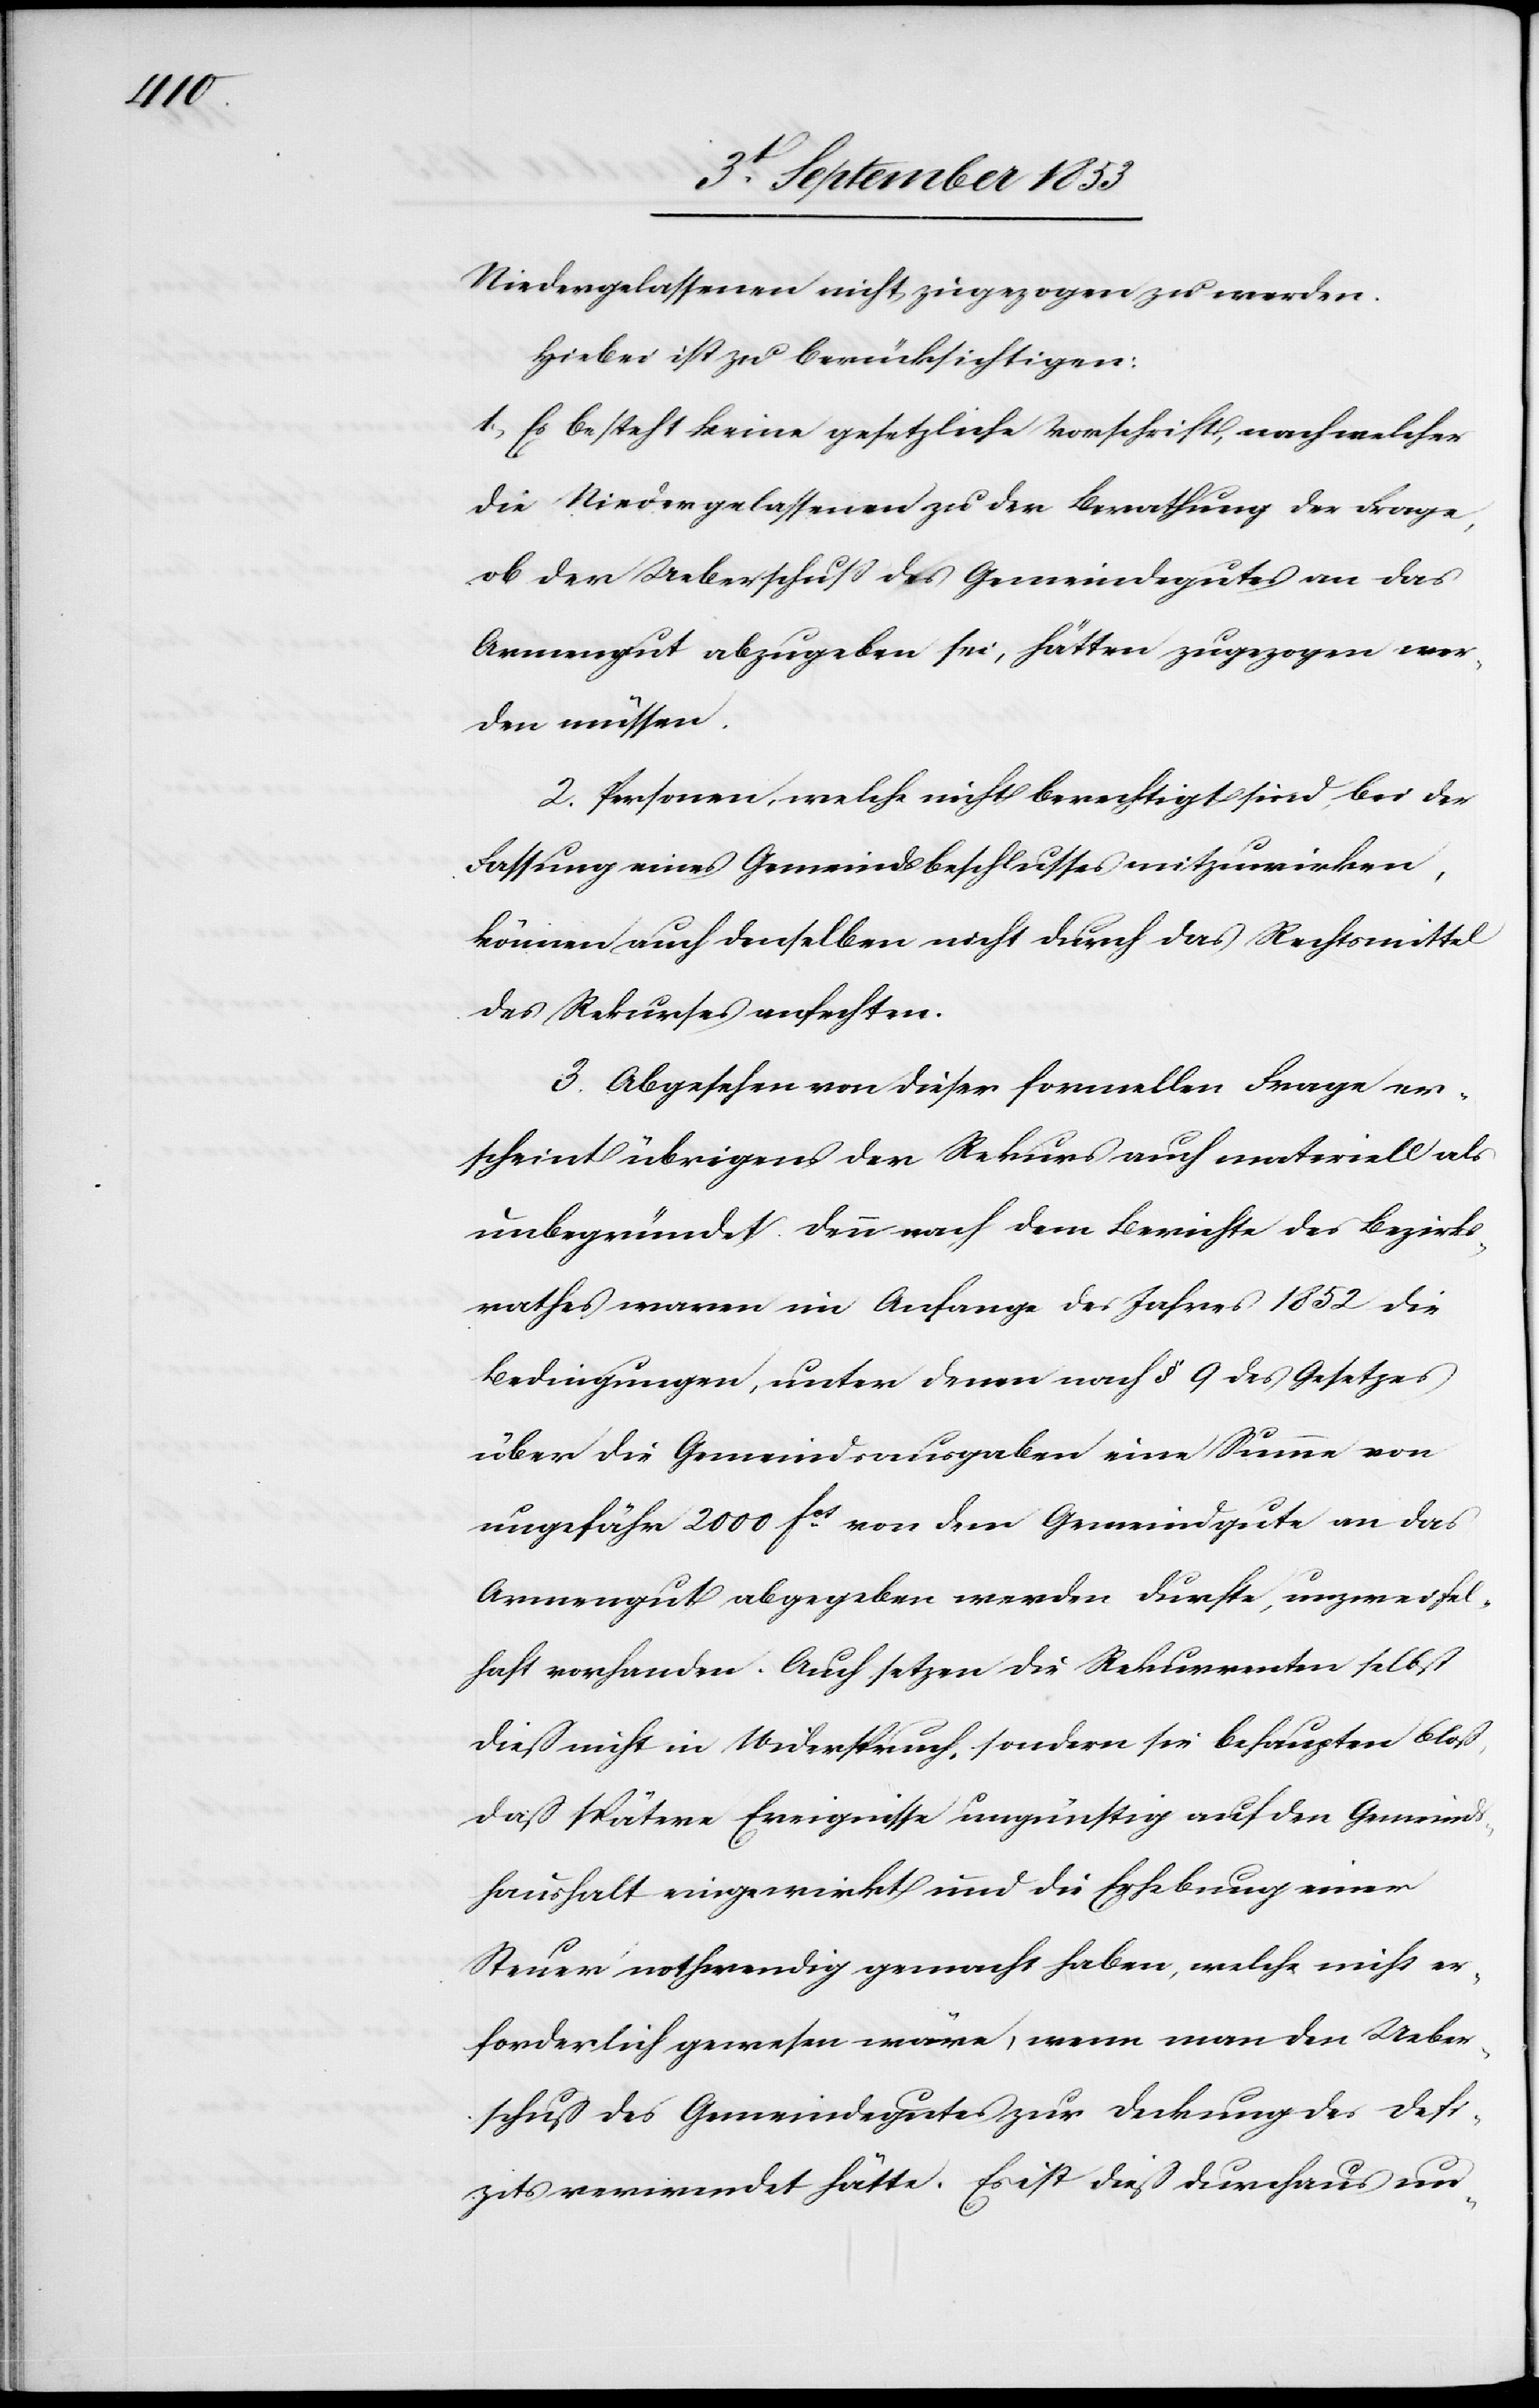
Niedergelassenen nicht zugezogen zu werden.
Hiebei ist zu berücksichtigen:
1, Es besteht keine gesetzliche Vorschrift, nach welcher
die Niedergelassenen zu der Berathung der Frage,
ob der Ueberschuß des Gemeindgutes an das
Armengut abzugeben sei, hätten zugezogen wer¬
den müssen.
2. Personen, welche nicht berechtigt sind, bei der
Fassung eines Gemeindsbeschlusses mitzuwirken,
können auch denselben nicht durch das Rechtsmittel
des Rekurses anfechten.
3. Abgesehen von dieser formellen Frage er¬
scheint übrigens der Rekurs auch materiell als
unbegründet. Denn nach dem Berichte des Bezirks¬
rathes waren im Anfange des Jahres 1852 die
Bedingungen, unter denen nach § 9 des Gesetzes
über die Gemeindsausgaben eine Summe von
ungefähr 2000 fcs von dem Gemeindgute an das
Armengut abgegeben werden durfte, unzweifel¬
haft vorhanden. Auch setzen die Rekurrenten selbst
dieß nicht in Widerspruch, sondern sie behaupten bloß,
daß spätere Ereignisse ungünstig auf den Gemeinds¬
haushalt eingewirkt und die Erhebung einer
Steuer nothwendig gemacht haben, welche nicht er¬
forderlich gewesen wäre, wenn man den Ueber¬
schuß des Gemeindgutes zur Deckung des Defi¬
zites verwendet hätte. Es ist dieß durchaus un-